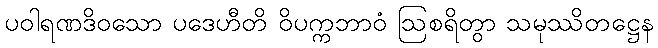
ပဝါရဏဒိဝသော ပဒေဟီတိ ဝိပက္ကဘာဝံ ဩစရိတွာ သမုဿိတဋ္ဌေန